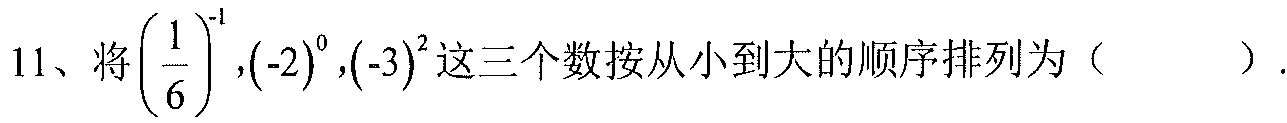
11、将$\left(\dfrac{1}{6}\right)^{-1},(-2)^{0},(-3)^{2}$这三个数按从小到大的顺序排列为（  ）.